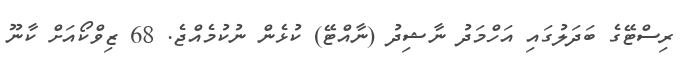
ރިސްޓޭގެ ބަދަލުގައި އަހްމަދު ނާޝިދު (ނާއްޓޭ) ކުޅެން ނުކުމެއްޖެ. 68 ޒިވްކޯއަށް ކާނޫ